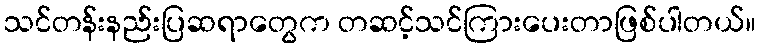
သင်တန်းနည်းပြဆရာတွေက တဆင့်သင်ကြားပေးတာဖြစ်ပါတယ်။